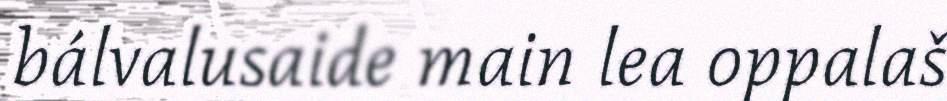
bálvalusaide main lea oppalaš